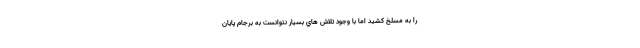
را به مسلخ كشيد اما با وجود تلاش هاي بسيار نتوانست به برجام پايان